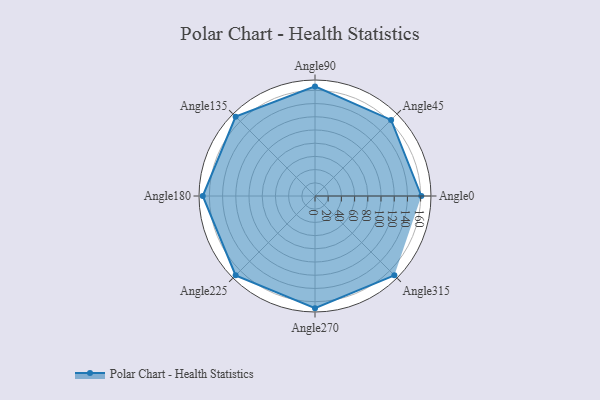
{"axis": {"x": "Angle", "y": "Radius"}, "legend": [""], "data": [{"x": "Angle0", "y": 161.0, "type": ""}, {"x": "Angle45", "y": 163.0, "type": ""}, {"x": "Angle90", "y": 166.0, "type": ""}, {"x": "Angle135", "y": 170, "type": ""}, {"x": "Angle180", "y": 170, "type": ""}, {"x": "Angle225", "y": 170, "type": ""}, {"x": "Angle270", "y": 170, "type": ""}, {"x": "Angle315", "y": 170, "type": ""}]}